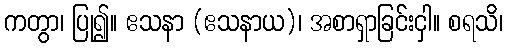
ကတွာ၊ ပြု၍။ ဧသနာ (ဧသနာယ)၊ အစာရှာခြင်းငှါ။ စရသိ၊